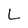
Character: L